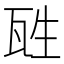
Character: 𤬸